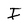
Character: I